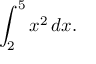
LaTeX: \int _ { 2 } ^ { 5 } x ^ { 2 } \, d x .